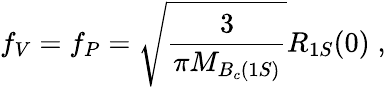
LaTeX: f_{V}=f_{P}=\sqrt{\frac{3}{\pi M_{B_{c}(1S)}}}R_{1S}(0)\; ,